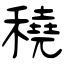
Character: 穘